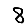
Digit: 8